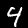
Label: 4